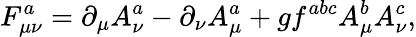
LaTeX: F_{\mu\nu}^{a}=\partial_{\mu}A_{\nu}^{a}-\partial_{\nu}A_{\mu}^{a}+gf^{abc}A_{\mu}^{b}A_{\nu}^{c},